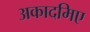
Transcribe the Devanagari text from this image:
अकादमिए